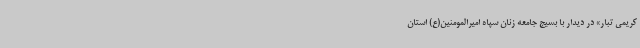
کریمی تبار» در دیدار با بسیج جامعه زنان سپاه امیرالمومنین(ع) استان